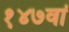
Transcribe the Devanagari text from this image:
१४७वां